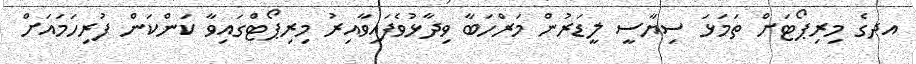
އދގެ މިރިޕޯޓަށް ތަމަޅަ ސިޔާސީ ލީޑަރުން މަރްހަބާ ވިދާޅުވެފައިވާއިރު މިރިޕޯޓްގައިވާ ކަންކަން ފުރިހަމައަށް